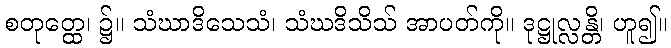
စတုတ္ထေ၊ ၌။ သံဃာဒိသေသံ၊ သံဃဒိသိသ် အာပတ်ကို။ ဒုဋ္ဌုလ္လန္တိ၊ ဟူ၍။